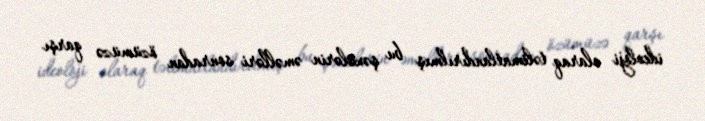
ideoloji olaraq təlimatlandırılmış bu şəxslərin əməlləri sonradan özümüzə qarşı